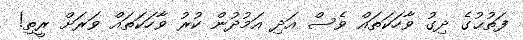
ފަތުޙުގެ ދިގު ވާހަކަތައް ވެސް އަދި އަމުދުން ކުރު ވާހަކަތައް ވަރަށް ރީތި!